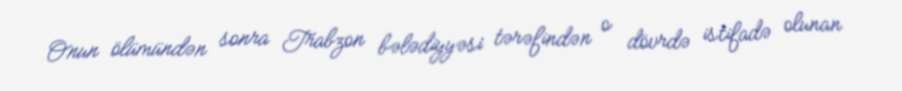
Onun ölümündən sonra Trabzon bələdiyyəsi tərəfindən o dövrdə istifadə olunan